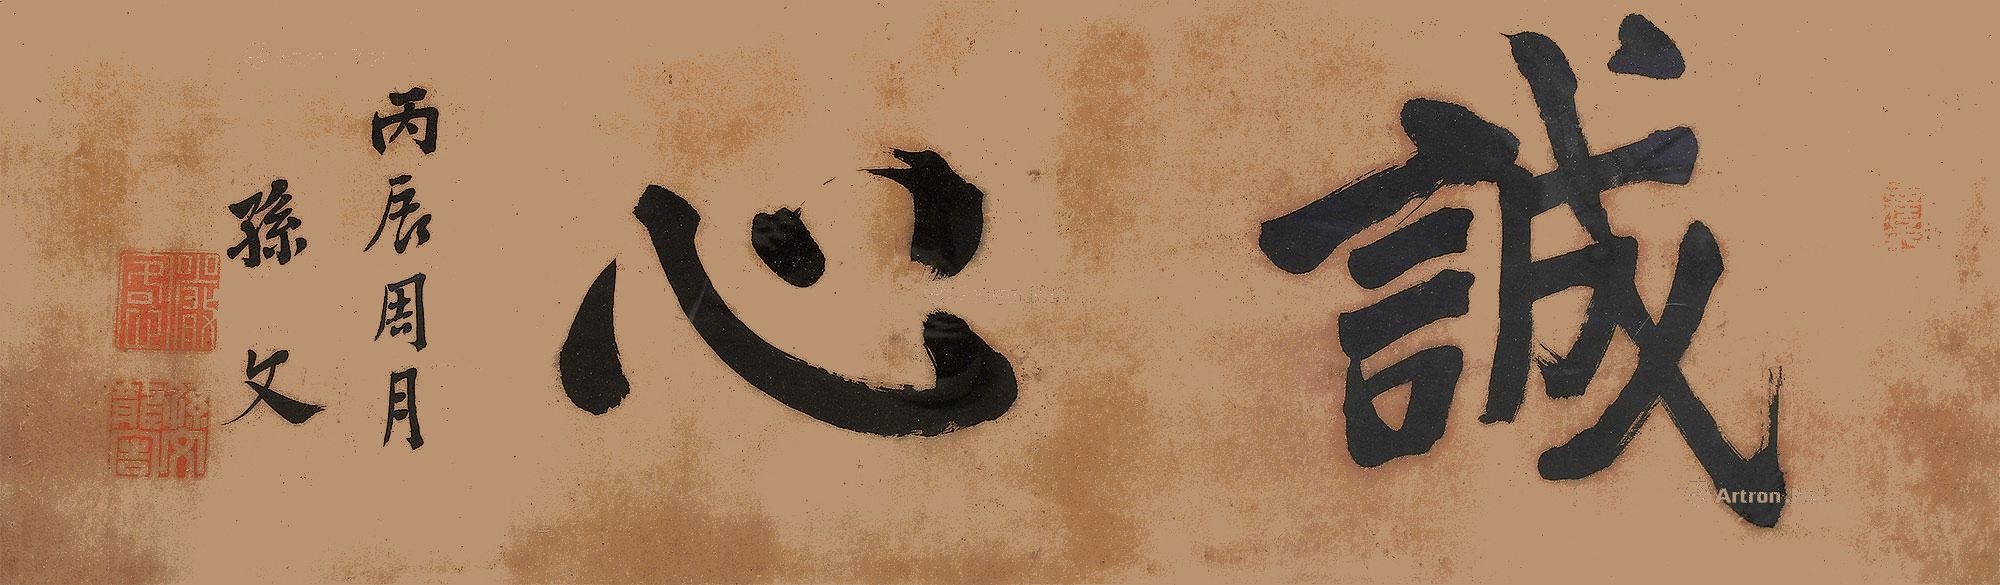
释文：诚心丙辰周月，孙文。